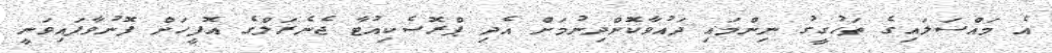
އެ މައްސަލައިގެ ތަހުގީގު ނިންމައި ދައުވާކޮށްދިނުމަށް އެދި ޕްރޮސެކިއުޓާ ޖެނެރަލްގެ އޮފީހަށް ފޮނުވާފައިވަނީ